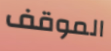
الموقف